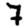
Digit: 7